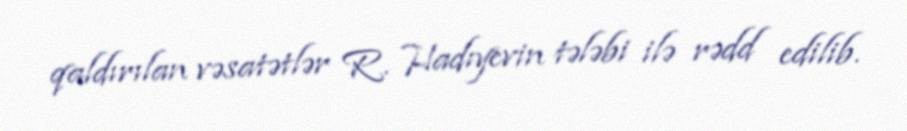
qaldırılan vəsatətlər R. Hadıyevin tələbi ilə rədd edilib.